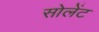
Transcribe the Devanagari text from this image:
सोलेंट